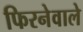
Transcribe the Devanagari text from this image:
फिरनेवाले